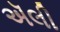
ઍલી